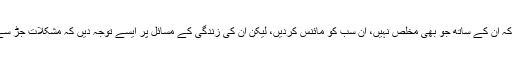
عوام کی خواہش ہے کہ ان کے ساتھ جو بھی مخلص نہیں، ان سب کو مائنس کردیں، لیکن ان کی زندگی کے مسائل پر ایسے توجہ دیں کہ مشکلات جڑ سے ہی مائنس ہوجائیں۔